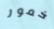
خمور